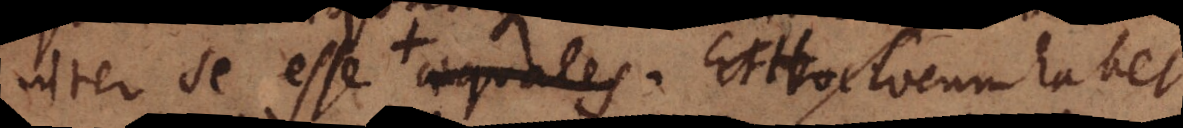
inter se esse aequales. Et Hoc locum habet